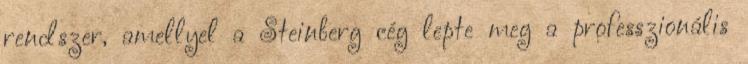
rendszer, amellyel a Steinberg cég lepte meg a professzionális